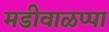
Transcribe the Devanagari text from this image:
मडीवाळप्पा